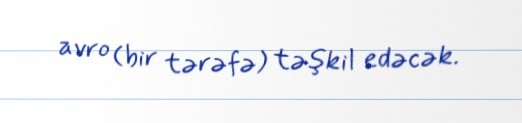
avro (bir tərəfə) təşkil edəcək.